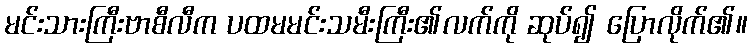
မင်းသားကြီးဗာစီလီက ပထမမင်းသမီးကြီး၏လက်ကို ဆုပ်၍ ပြောလိုက်၏။